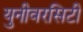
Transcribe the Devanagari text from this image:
युनीवरसिटी